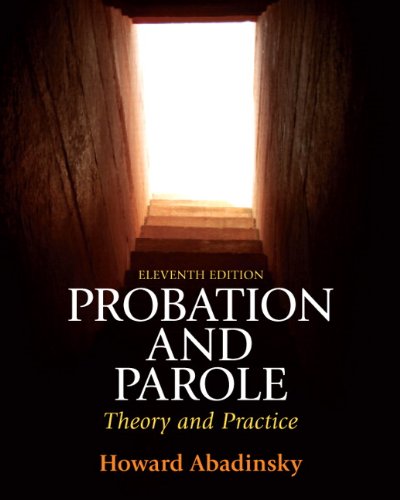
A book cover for Probation and Parole: Theory and Practice (11th Edition); Howard Abadinsky; Law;